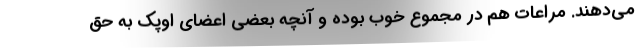
می‌دهند. مراعات هم در مجموع خوب بوده و آنچه بعضی اعضای اوپک به حق